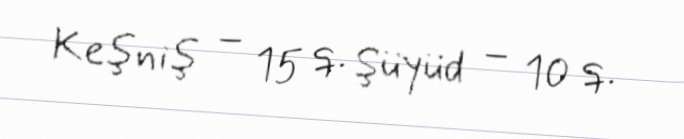
Keşniş – 15 q. Şüyüd – 10 q.